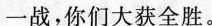
一战，你们大获全胜。